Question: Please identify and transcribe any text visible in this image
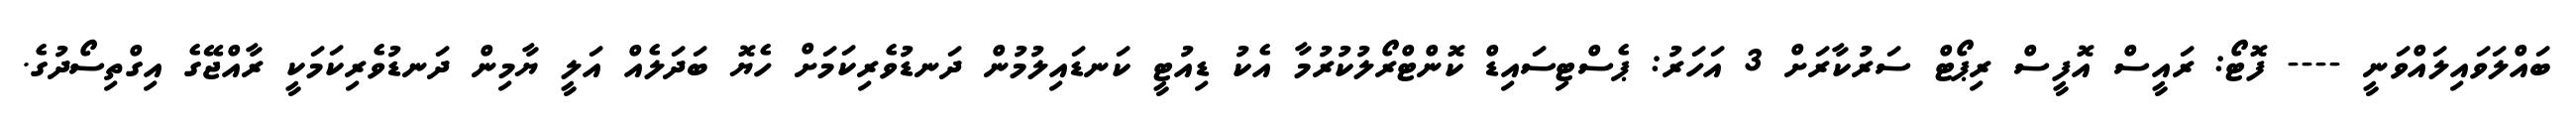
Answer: ބައްލަވައިލައްވަނީ ---- ފޮޓޯ: ރައީސް އޮފީސް ރިޕޯޓް ސަރުކާރަށް 3 އަހަރު: ޕެސްޓިސައިޑް ކޮންޓްރޯލުކުރުމާ އެކު ޑިއުޓީ ކަނޑައިލުމުން ދަނޑުވެރިކަމަށް ހެޔޮ ބަދަލެއް އަލީ ޔާމިން ދަނޑުވެރިކަމަކީ ރާއްޖޭގެ އިގްތިސޯދުގެ.